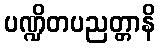
ပဏ္ဍိတပညတ္တာနိ